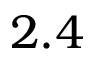
2 . 4